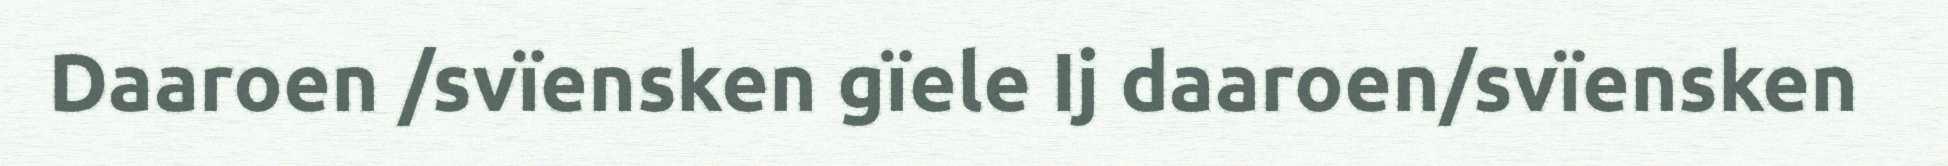
Daaroen /svïensken gïele Ij daaroen/svïensken